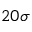
2 0 \sigma